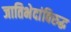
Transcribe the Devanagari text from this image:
जातिभेदांविरुद्ध